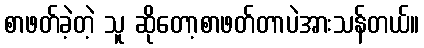
စာဖတ်ခဲ့တဲ့ သူ ဆိုတော့စာဖတ်တာပဲအားသန်တယ်။